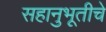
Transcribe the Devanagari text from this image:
सहानुभूतीचे